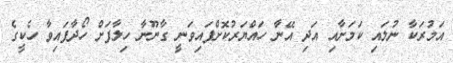
އަމުރަކާ ނުލައި ކަމަށާއި އަދި އޭނާ ހައްޔަރުކޮށްފައިވަނީ ގާނޫނާ ހިލާފަށް ހޯދާފައިވާ ހެކީގެ